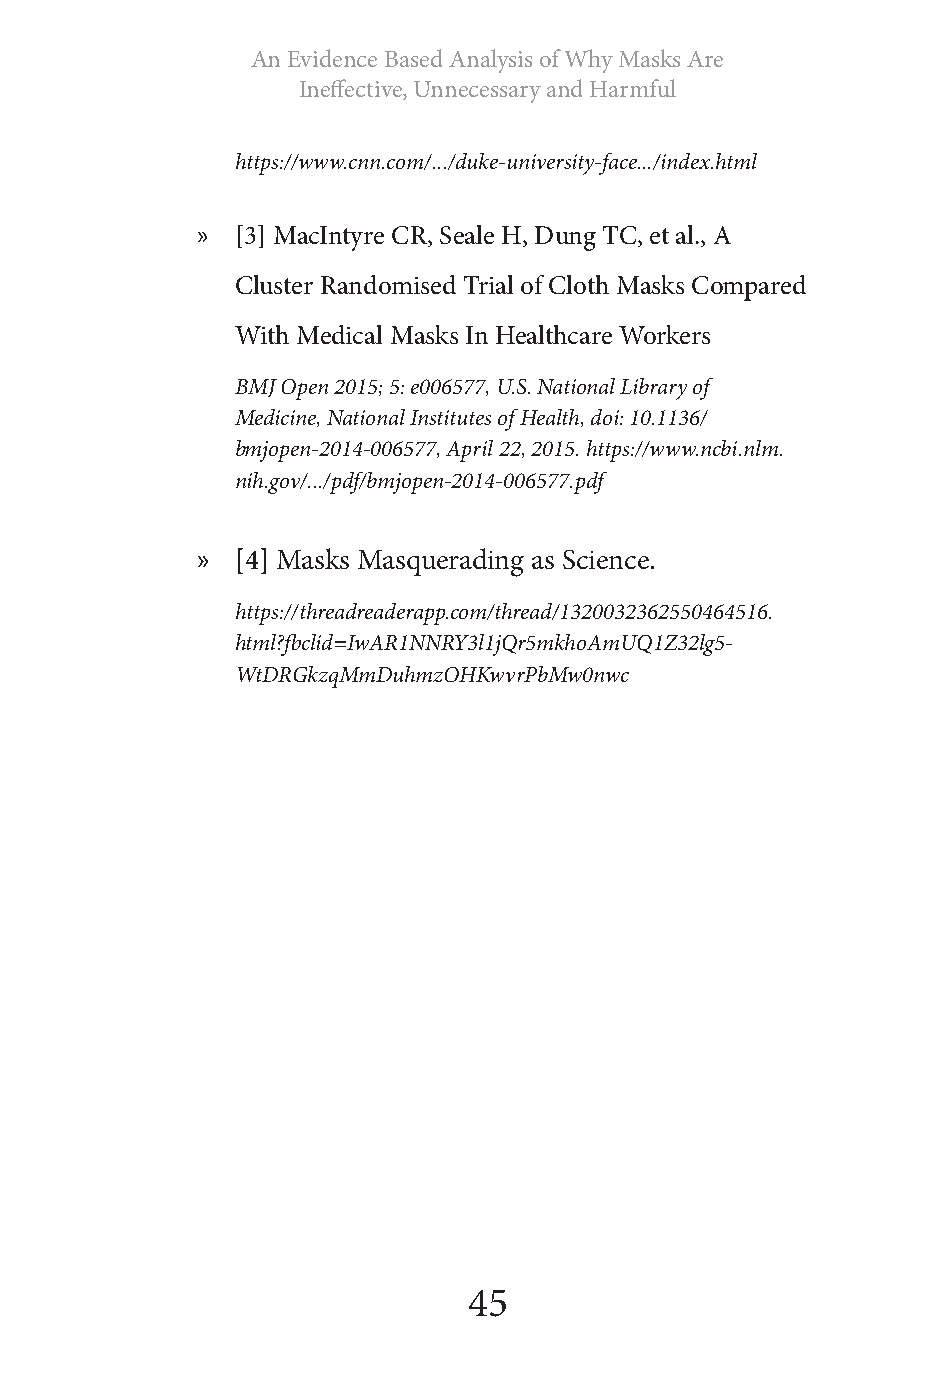
An Evidence Based Analysis of Why Masks Are
 Ineffective, Unnecessary and Harmful
 https://www.cnn.com/.../duke-university-face.../index.html
 »  [3] MacIntyre CR, Seale H, Dung TC, et al., A
 Cluster Randomised Trial of Cloth Masks Compared
 With Medical Masks In Healthcare Workers
 BMJ Open 2015; 5: e006577, U.S. National Library of
 Medicine, National Institutes of Health, doi: 10.1136/
 bmjopen-2014-006577, April 22, 2015. https://www.ncbi.nlm.
 nih.gov/.../pdf/bmjopen-2014-006577.pdf
 »  [4] Masks Masquerading as Science.
 https://threadreaderapp.com/thread/1320032362550464516.
 html?fbclid=IwAR1NNRY3l1jQr5mkhoAmUQ1Z32lg5-
 WtDRGkzqMmDuhmzOHKwvrPbMw0nwc
 45